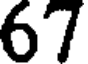
67